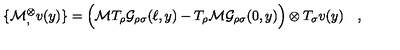
\{ { \cal M } { } _ { , } ^ { \otimes } v ( y ) \} = \Bigl ( { \cal M } T _ { \rho } { \cal G } _ { \rho \sigma } ( \ell , y ) - T _ { \rho } { \cal M } { \cal G } _ { \rho \sigma } ( 0 , y ) \Bigr ) \otimes T _ { \sigma } v ( y ) \quad ,